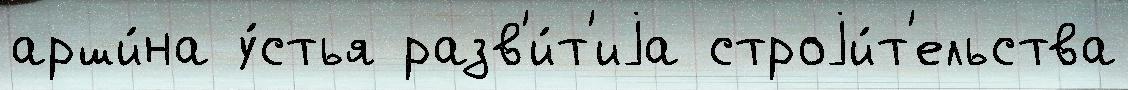
арши́на у́стья разв'и́т'иjа строjи́т'ельства